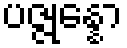
ပဇ္ဇုန္နော